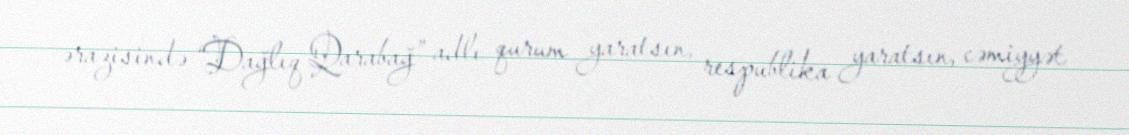
ərazisində “Dağlıq Qarabağ” adlı qurum yaratsın, respublika yaratsın, cəmiyyət